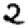
Digit: 2